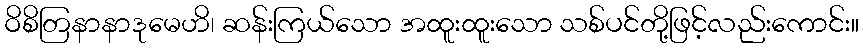
ဝိစိတြနာနာဒုမေဟိ၊ ဆန်းကြယ်သော အထူးထူးသော သစ်ပင်တို့ဖြင့်လည်းကောင်း။